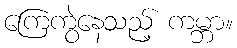
ကြေကွဲနေသည့် ကမ္ဘာ။